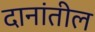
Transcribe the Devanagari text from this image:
दानांतील